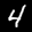
Label: 4